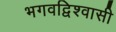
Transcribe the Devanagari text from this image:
भगवद्विश्‍वासी